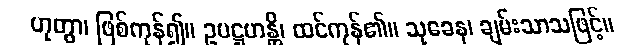
ဟုတွာ၊ ဖြစ်ကုန်၍။ ဥပဋ္ဌဟန္တိ၊ ထင်ကုန်၏။ သုခေန၊ ချမ်းသာသဖြင့်။